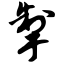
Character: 掣